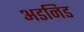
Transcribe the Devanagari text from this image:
अडनिड